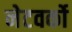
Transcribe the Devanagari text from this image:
नेटवर्को